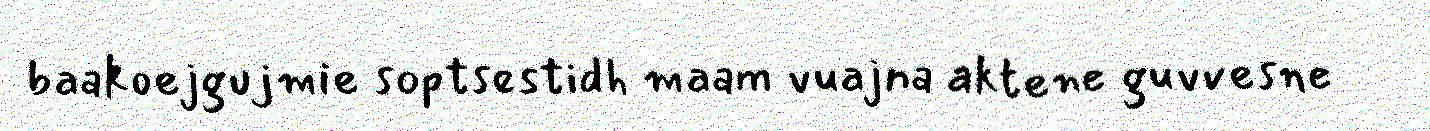
baakoejgujmie soptsestidh maam vuajna aktene guvvesne